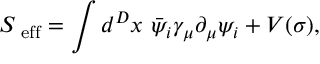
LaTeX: S _ { \mathrm { \scriptsize ~ e f f } } = \int d ^ { D } x ~ \bar { \psi } _ { i } \gamma _ { \mu } \partial _ { \mu } \psi _ { i } + V ( \sigma ) ,